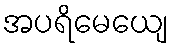
အပရိမေယျေ